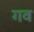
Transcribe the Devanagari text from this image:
गव